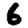
Digit: 6